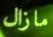
مازال